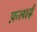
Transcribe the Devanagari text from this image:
फ़लाई